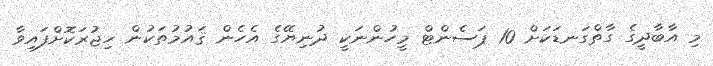
މި އާބާދީގެ ގާތްގަނޑަކަށް 10 ޕަސެންޓް މީހުންނަކީ ދުނިޔޭގެ އެހެން ޤައުމުތަކުން ހިޖުރަކޮށްފައިވާ